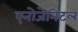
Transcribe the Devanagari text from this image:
एनोजेनिटल